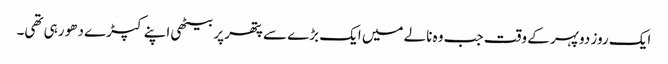
ایک روز دوپہر کے وقت جب وہ نالے میں ایک بڑے سے پتھر پر بیٹھی اپنے کپڑے دھو رہی تھی۔